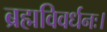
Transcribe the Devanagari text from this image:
ब्रह्मविवर्धनः।